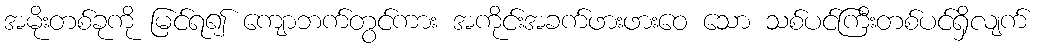
အမိုးတစ်ခုကို မြင်ရ၍ ကျောဘက်တွင်ကား အကိုင်းအခက်ဖားဖားဝေ သော သစ်ပင်ကြီးတစ်ပင်ရှိလျက်